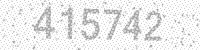
Solution: 415742